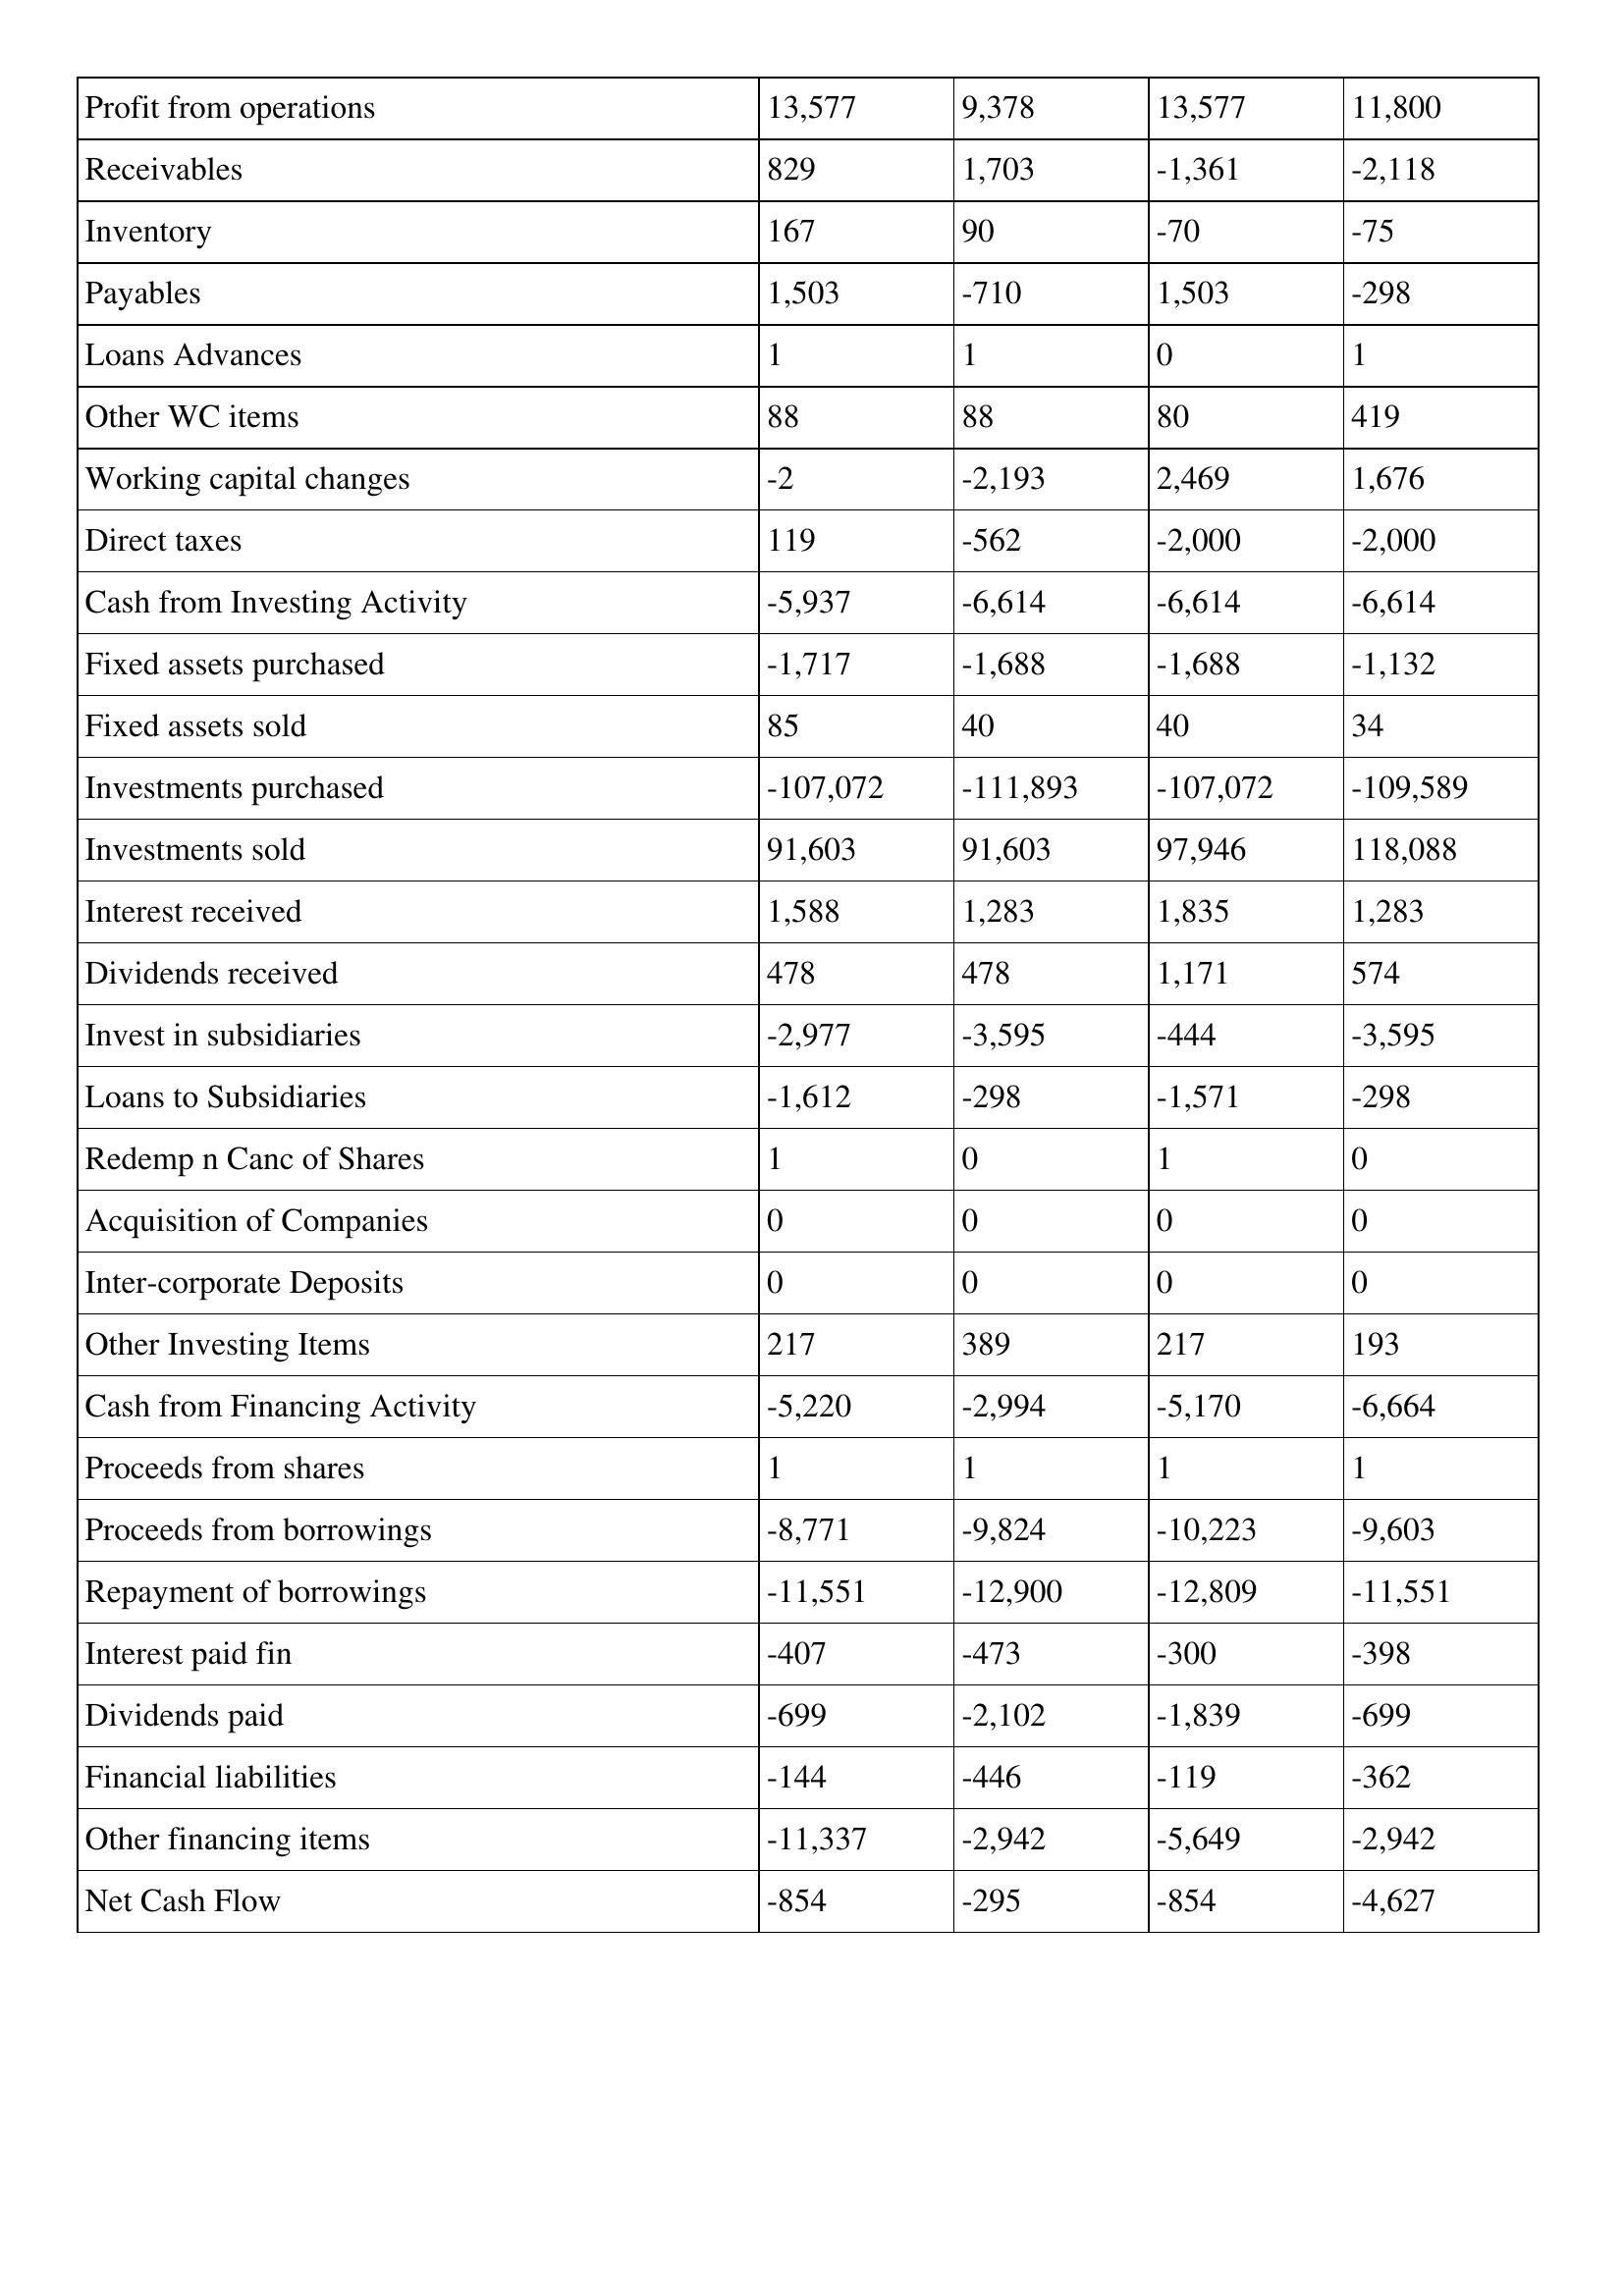
gt_parse: 2002: Cash Flows: Profit from operations: 13,577
Receivables: 829
Inventory: 167
Payables: 1,503
Loans Advances: 1
Other WC items: 88
Working capital changes: -2
Direct taxes: 119
Cash from Investing Activity: -5,937
Fixed assets purchased: -1,717
Fixed assets sold: 85
Investments purchased: -107,072
Investments sold: 91,603
Interest received: 1,588
Dividends received: 478
Invest in subsidiaries: -2,977
Loans to Subsidiaries: -1,612
Redemp n Canc of Shares: 1
Acquisition of Companies: 0
Inter-corporate Deposits: 0
Other Investing Items: 217
Cash from Financing Activity: -5,220
Proceeds from shares: 1
Proceeds from borrowings: -8,771
Repayment of borrowings: -11,551
Interest paid fin: -407
Dividends paid: -699
Financial liabilities: -144
Other financing items: -11,337
Net Cash Flow: -854
2001: Cash Flows: Profit from operations: 9,378
Receivables: 1,703
Inventory: 90
Payables: -710
Loans Advances: 1
Other WC items: 88
Working capital changes: -2,193
Direct taxes: -562
Cash from Investing Activity: -6,614
Fixed assets purchased: -1,688
Fixed assets sold: 40
Investments purchased: -111,893
Investments sold: 91,603
Interest received: 1,283
Dividends received: 478
Invest in subsidiaries: -3,595
Loans to Subsidiaries: -298
Redemp n Canc of Shares: 0
Acquisition of Companies: 0
Inter-corporate Deposits: 0
Other Investing Items: 389
Cash from Financing Activity: -2,994
Proceeds from shares: 1
Proceeds from borrowings: -9,824
Repayment of borrowings: -12,900
Interest paid fin: -473
Dividends paid: -2,102
Financial liabilities: -446
Other financing items: -2,942
Net Cash Flow: -295
2000: Cash Flows: Profit from operations: 13,577
Receivables: -1,361
Inventory: -70
Payables: 1,503
Loans Advances: 0
Other WC items: 80
Working capital changes: 2,469
Direct taxes: -2,000
Cash from Investing Activity: -6,614
Fixed assets purchased: -1,688
Fixed assets sold: 40
Investments purchased: -107,072
Investments sold: 97,946
Interest received: 1,835
Dividends received: 1,171
Invest in subsidiaries: -444
Loans to Subsidiaries: -1,571
Redemp n Canc of Shares: 1
Acquisition of Companies: 0
Inter-corporate Deposits: 0
Other Investing Items: 217
Cash from Financing Activity: -5,170
Proceeds from shares: 1
Proceeds from borrowings: -10,223
Repayment of borrowings: -12,809
Interest paid fin: -300
Dividends paid: -1,839
Financial liabilities: -119
Other financing items: -5,649
Net Cash Flow: -854
1999: Cash Flows: Profit from operations: 11,800
Receivables: -2,118
Inventory: -75
Payables: -298
Loans Advances: 1
Other WC items: 419
Working capital changes: 1,676
Direct taxes: -2,000
Cash from Investing Activity: -6,614
Fixed assets purchased: -1,132
Fixed assets sold: 34
Investments purchased: -109,589
Investments sold: 118,088
Interest received: 1,283
Dividends received: 574
Invest in subsidiaries: -3,595
Loans to Subsidiaries: -298
Redemp n Canc of Shares: 0
Acquisition of Companies: 0
Inter-corporate Deposits: 0
Other Investing Items: 193
Cash from Financing Activity: -6,664
Proceeds from shares: 1
Proceeds from borrowings: -9,603
Repayment of borrowings: -11,551
Interest paid fin: -398
Dividends paid: -699
Financial liabilities: -362
Other financing items: -2,942
Net Cash Flow: -4,627